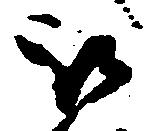
被